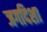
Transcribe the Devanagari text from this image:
जगदिशा